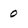
Character: 0